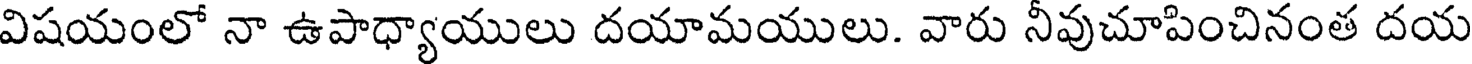
విషయంలో నా ఉపాధ్యాయులు దయామయులు. వారు నీవుచూపించినంత దయ